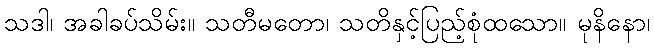
သဒါ၊ အခါခပ်သိမ်း။ သတီမတော၊ သတိနှင့်ပြည့်စုံထသော။ မုနိနော၊